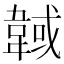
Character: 𩎹